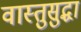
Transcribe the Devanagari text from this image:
वास्तुसुद्धा